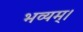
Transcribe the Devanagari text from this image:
भव्यम्।